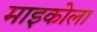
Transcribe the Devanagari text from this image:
माइकोला